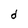
Character: d